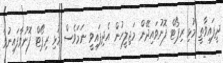
ދީފައިވާތީ މުޅި ރިޕޯޓް ފޮނުވައިދޭން މަޖިލީހުން އެދިފައިވީ ނަމަވެސް މުޅި ރިޕޯޓް ފޮނުވާފައިނުވާ